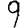
Digit: 9